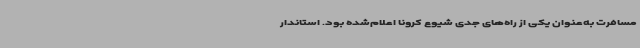
مسافرت به‌عنوان یکی از راه‌های جدی شیوع کرونا اعلام‌شده بود. استاندار